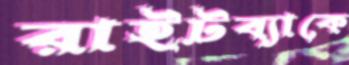
রাইটব্যাকে